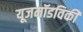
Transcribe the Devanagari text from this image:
यूजमॉडविकी